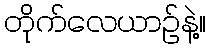
တိုက်လေယာဥ်နဲ့။